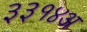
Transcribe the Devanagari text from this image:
३३१४अ